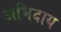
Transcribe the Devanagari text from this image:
अभिदाय